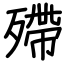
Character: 殢